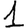
Digit: 1